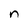
Character: n